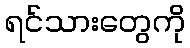
ရင်သားတွေကို